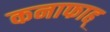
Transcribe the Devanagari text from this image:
कनाफाह्